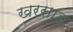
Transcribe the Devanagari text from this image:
खरसाड़ु